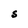
Character: S